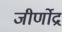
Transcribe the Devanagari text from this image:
जीर्णोद्र